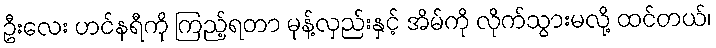
ဦးလေး ဟင်နရီကို ကြည့်ရတာ မုန့်လှည်းနှင့် အိမ်ကို လိုက်သွားမလို့ ထင်တယ်၊